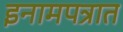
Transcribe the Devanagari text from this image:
इनामपत्रात